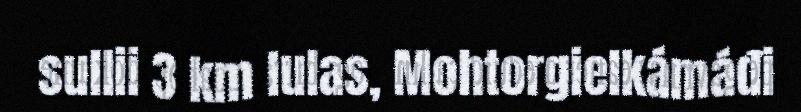
sullii 3 km lulas, Mohtorgielkámáđi